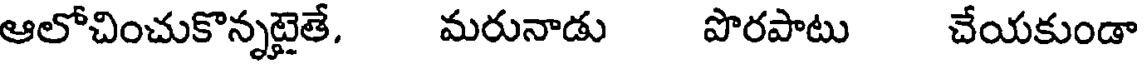
ఆలోచించుకొన్నటైతే. మరునాడు పొరపాటు చేయకుండా